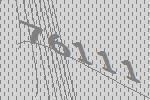
76111